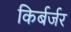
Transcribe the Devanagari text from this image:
किर्बर्जर